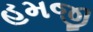
હમજી